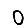
Digit: 0